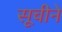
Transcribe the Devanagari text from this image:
सूचीने